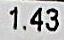
1.43